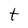
Character: t